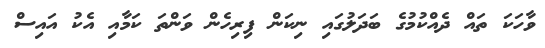
ވާހަކަ ތައް ދެއްކުމުގެ ބަދަލުގައި ނިކަން ފިރިހެން ވަންތަ ކަމާއި އެކު އައިސް